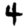
Digit: 4